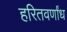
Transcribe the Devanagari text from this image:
हरितवर्णांध